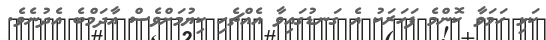
ކަޅި ހަމަވާ ކޮންމެ ފަހަރަކު އެ ގަނޑުގައިވާ އެއްޗެހި ކިޔުމަށްވެސް އާދަމްބެ އެދުނެވެ.